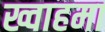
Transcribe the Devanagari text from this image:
ख्वाहमा